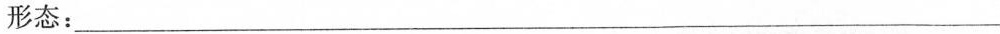
形态：___